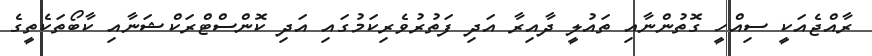
ރާއްޖެއަކީ ސިއްހީ ގޮތުންނާއި ތައުލީ ދާއިރާ އަދި ފަތުރުވެރިކަމުގައި އަދި ކޮންސްޓްރަކްޝަނާއި ކާބޯތަކެތީގެ